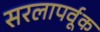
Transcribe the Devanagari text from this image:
सरलापर्वूक